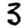
Digit: 3